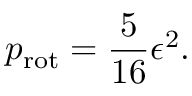
p _ { \mathrm { r o t } } = \frac { 5 } { 1 6 } \epsilon ^ { 2 } .